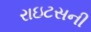
રાઇટસની